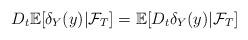
LaTeX: \begin{align*}D_t\mathbb{E}[\delta_Y(y)|\mathcal{F}_T]=\mathbb{E}[D_t\delta_Y(y)|\mathcal{F}_T]\end{align*}